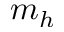
m _ { h }